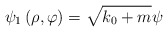
\begin{align*}\psi _{1}\left( \rho ,\varphi \right) =\sqrt{k_{0}+m}\psi\end{align*}